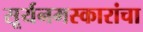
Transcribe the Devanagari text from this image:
सूर्यनमस्कारांचा